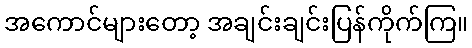
အကောင်များတော့ အချင်းချင်းပြန်ကိုက်ကြ။